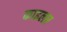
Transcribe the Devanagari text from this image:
काइलर